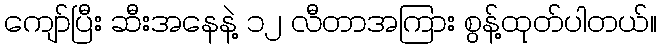
ကျော်ပြီး ဆီးအနေနဲ့ ၁၂ လီတာအကြား စွန့်ထုတ်ပါတယ်။